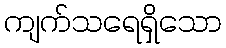
ကျက်သရေရှိသော